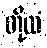
တို့ထံ